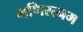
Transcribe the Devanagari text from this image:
मणिरत्‍नम